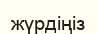
жүрдіңіз